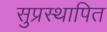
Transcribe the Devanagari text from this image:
सुप्रस्थापित